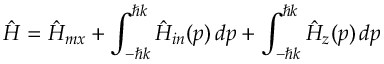
\hat { H } = \hat { H } _ { m x } + \int _ { - \hbar k } ^ { \hbar k } \hat { H } _ { i n } ( p ) \, d p + \int _ { - \hbar k } ^ { \hbar k } \hat { H } _ { z } ( p ) \, d p